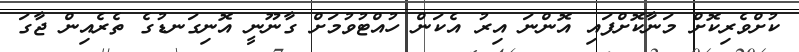
ކުށްވެރިކޮށް މަނާކޮށްފައި އޮންނަ އިރު އެކަން ހުއްޓުވުމަށް ގާނޫނީ އޮނިގަނޑުގެ ތެރެއިން ޖާގަ